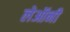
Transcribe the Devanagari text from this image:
लेऑनी